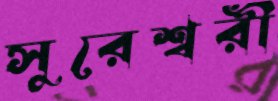
সুরেশ্বরী